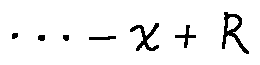
\cdots - x + R